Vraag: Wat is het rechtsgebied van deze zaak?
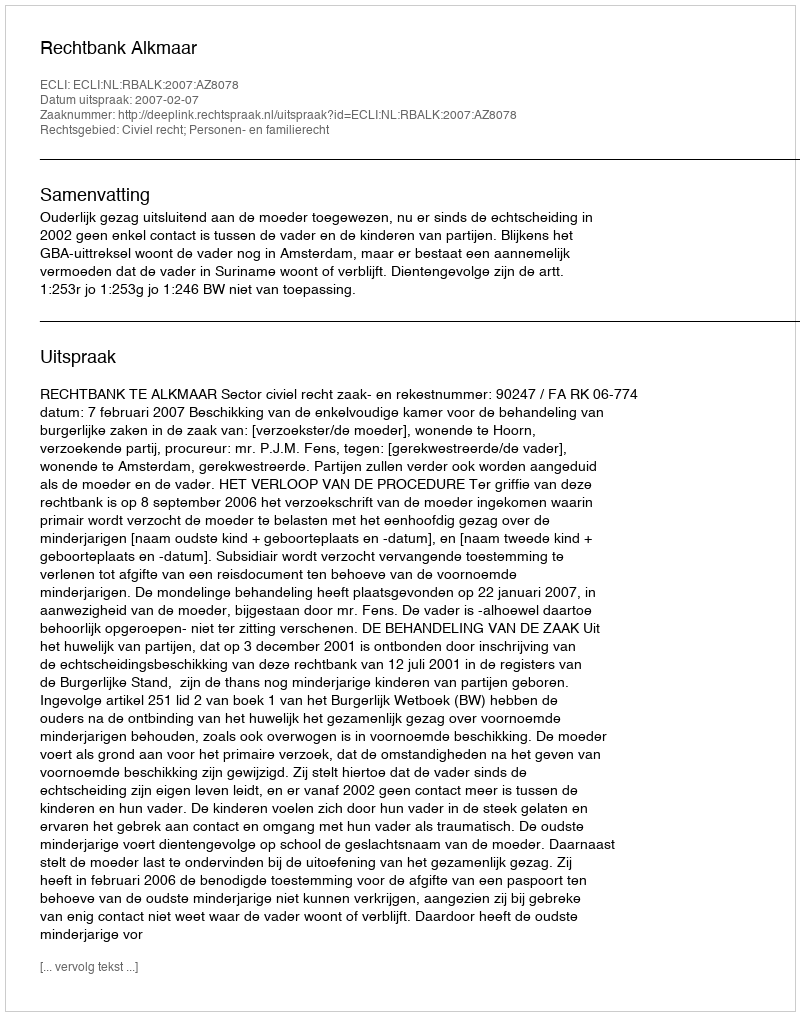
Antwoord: Civiel recht; Personen- en familierecht